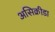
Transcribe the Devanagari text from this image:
असिक्रीडा